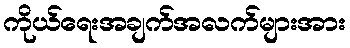
ကိုယ်ရေးအချက်အလက်များအား